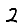
Digit: 2